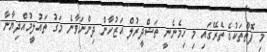
މި ފޮތްތަކުގެ ތެރޭގައި މި ހިމެނެނީ ތަޝްދީރުލް އަޒުހާން ދިންނަވާނެ މަގު ތައުލީމުއްދިޔާނާ